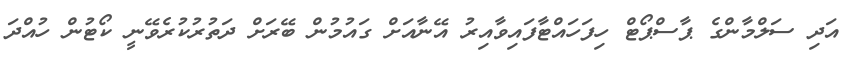
އަދި ސަލްމާންގެ ޕާސްޕޯޓް ހިފަހައްޓާފައިވާއިރު އޭނާއަށް ގައުމުން ބޭރަށް ދަތުރުކުރެވޭނީ ކޯޓުން ހުއްދަ